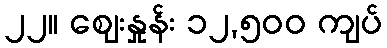
၂၂။ စျေးနှုန်း ၁၂,၅၀၀ ကျပ်